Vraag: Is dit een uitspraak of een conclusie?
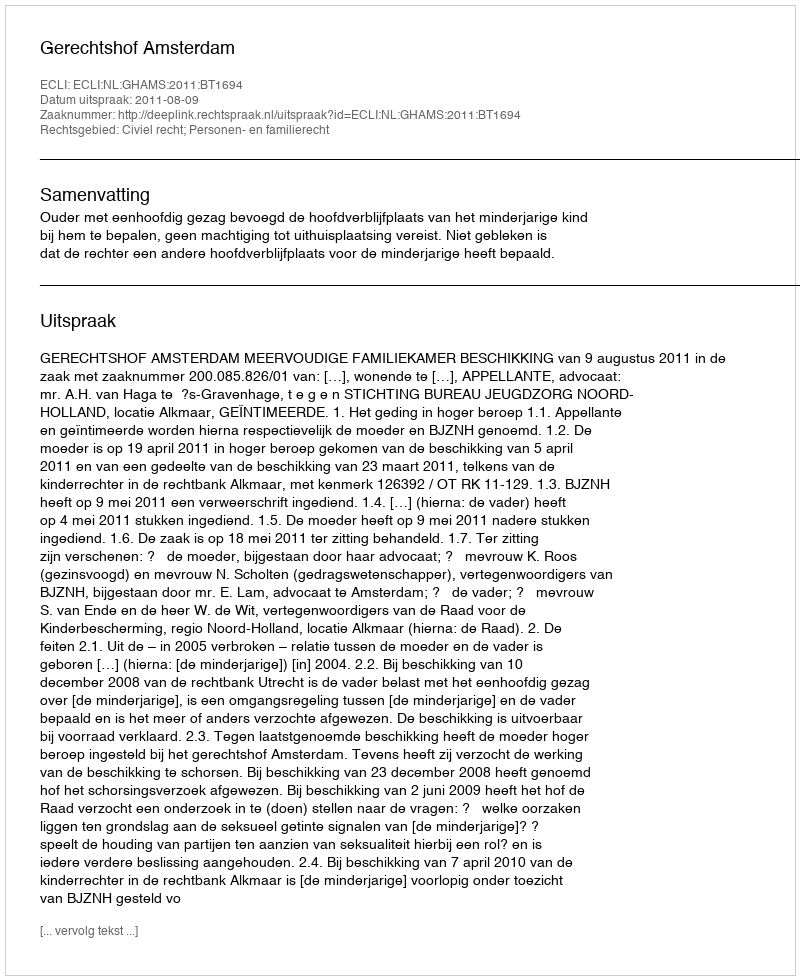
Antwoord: Uitspraak